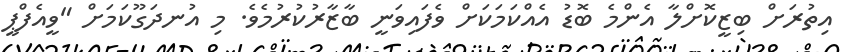
އިތުރަށް ބިޒީކޮށްލާ އެންމެ ބޮޑު އެއްކަމަކަށް ވެފައިވަނީ ބާޒާރުކުރުމެވެ. މި އުނދަގޫކަމަށް "ވީއެފްޕީ